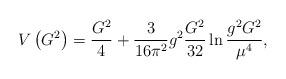
LaTeX: \begin{align*}V\left(G^2\right) =\frac{G^2}4+\frac 3{16\pi^2}g^2\frac{G^2}{32}\ln \frac{ g^2G^2}{\mu ^4}, \end{align*}